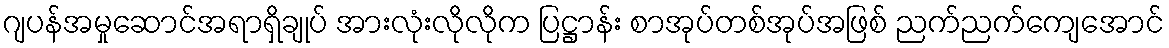
ဂျပန်အမှုဆောင်အရာရှိချုပ် အားလုံးလိုလိုက ပြဋ္ဌာန်း စာအုပ်တစ်အုပ်အဖြစ် ညက်ညက်ကျေအောင်